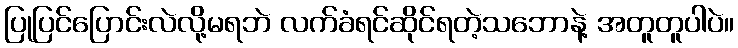
ပြုပြင်ပြောင်းလဲလို့မရဘဲ လက်ခံရင်ဆိုင်ရတဲ့သဘောနဲ့ အတူတူပါပဲ။